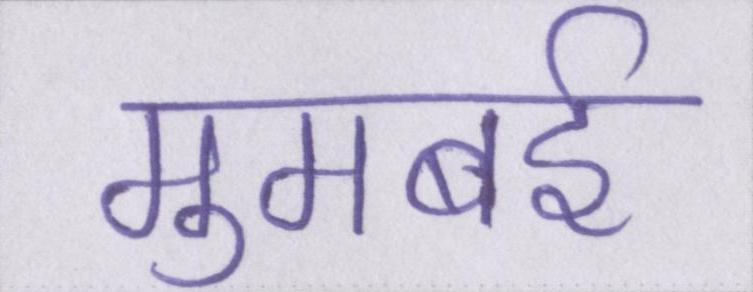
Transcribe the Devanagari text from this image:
मुमबई